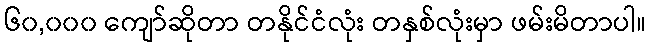
၆၀,၀၀၀ ကျော်ဆိုတာ တနိုင်ငံလုံး တနှစ်လုံးမှာ ဖမ်းမိတာပါ။